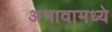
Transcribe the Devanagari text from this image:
अभावामध्ये